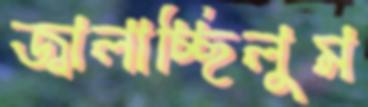
জ্বালাচ্ছিলুম